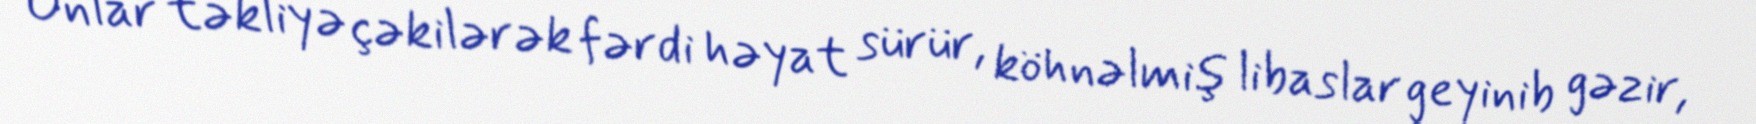
Onlar təkliyə çəkilərək fərdi həyat sürür, köhnəlmiş libaslar geyinib gəzir,